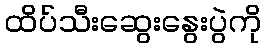
ထိပ်သီးဆွေးနွေးပွဲကို